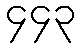
၄၄၃